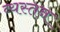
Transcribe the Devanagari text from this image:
व्यस्तन